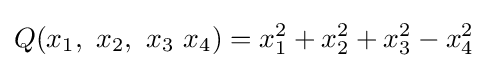
Q(x_{1},\ x_{2},\ x_{3}\ x_{4})=x_{1}^{2}+x_{2}^{2}+x_{3}^{2}-x_{4}^{2}